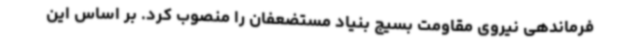
فرماندهی نیروی مقاومت بسیج بنیاد مستضعفان را منصوب کرد. بر اساس این